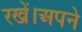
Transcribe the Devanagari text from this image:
रखें।अपने